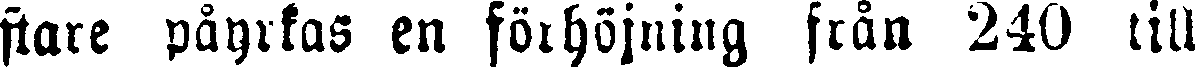
ftare påyrkas en föthöjning från 240 till